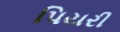
પિયરી